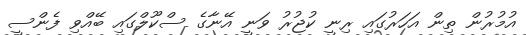
އުމުރުން ތިން އަހަރުގައި ރިނީ ކުޖުރު ވަނީ އޭނާގެ ސްކޫލްގައި ބޭއްވި ފެންސީ